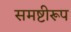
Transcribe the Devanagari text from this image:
समष्टीरूप